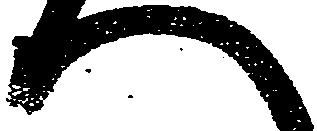
へ